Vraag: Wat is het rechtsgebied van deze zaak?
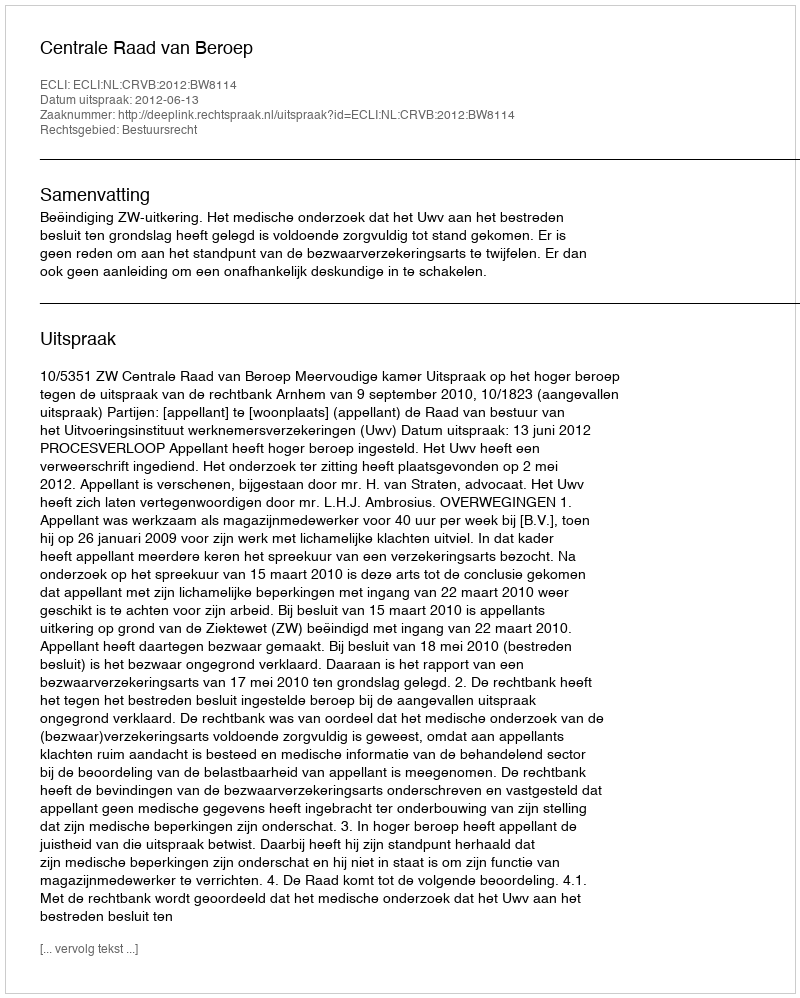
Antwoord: Bestuursrecht